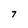
Character: 7